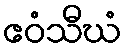
ဧဝံသီဃံ